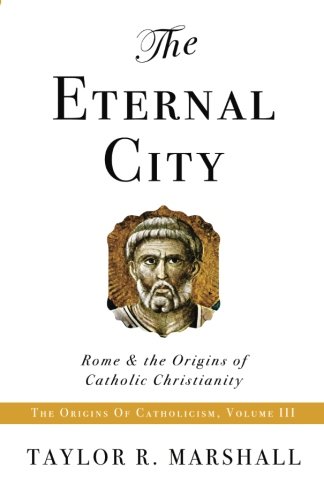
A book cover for The Eternal City: Rome & the Origins of Catholic Christianity; Taylor R. Marshall; Christian Books & Bibles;